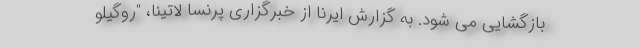
بازگشایی می شود. به گزارش ایرنا از خبرگزاری پرنسا لاتینا، "روگیلو